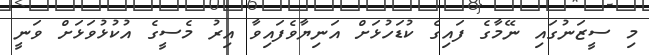
މި ސީޒަނުގައި ނޭމާގެ ފައިގެ ކުޑަހުޅަށް އަނިޔާވެފައިވާ އިރު މެސީގެ އުކުޅުވަޅަށް ވަނީ